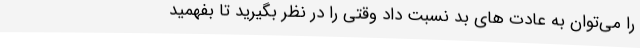
را می‌توان به عادت های بد نسبت داد‌ وقتی را در نظر بگیرید تا بفهمید